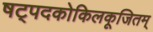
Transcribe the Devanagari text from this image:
षट्पदकोकिलकूजितम्